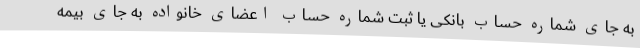
به جای شماره حساب بانکی یا ثبت شماره حساب اعضای خانواده به جای بیمه